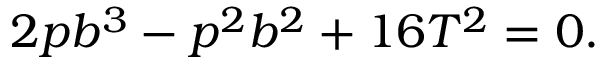
2 p b ^ { 3 } - p ^ { 2 } b ^ { 2 } + 1 6 T ^ { 2 } = 0 .